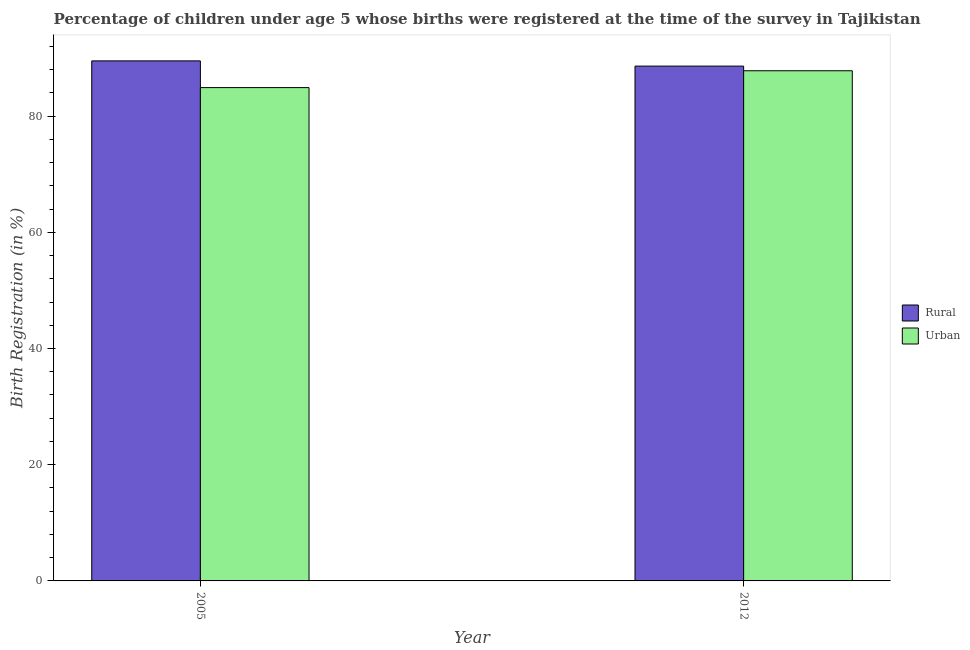
| Year | Rural | Urban |
 | --- | --- | --- |
 | 2005 | 89.5 | 84.9 |
 | 2012 | 88.6 | 87.8 |